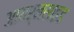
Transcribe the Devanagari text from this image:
आयर्नसाइड